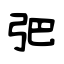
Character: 弝